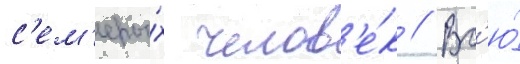
с'ем'еры́х челов'е́к // Вс'ю́